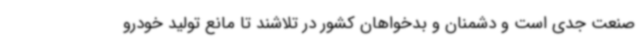
صنعت جدی است و دشمنان و بدخواهان کشور در تلاشند تا مانع تولید خودرو